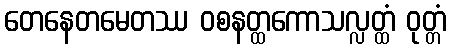
တေနေတမေတဿ ဝစနတ္ထကောသလ္လတ္ထံ ဝုတ္တံ